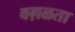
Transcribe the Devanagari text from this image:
वग़ळता